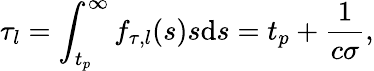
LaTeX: \tau_{l}=\int_{t_{p}}^{\infty}f_{\tau,l}(s)s\mathrm{d}s=t_{p}+\frac{1}{c\sigma},